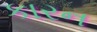
કારન